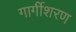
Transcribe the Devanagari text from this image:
गार्गीशरण